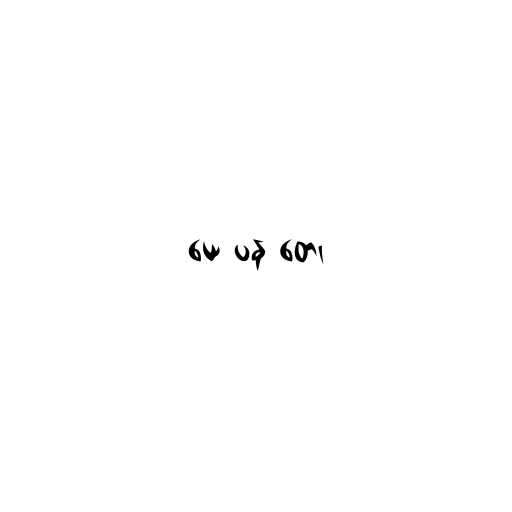
ယေ ပန တေ၊